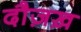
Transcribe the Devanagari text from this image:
दौज़ख़